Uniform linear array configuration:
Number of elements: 4
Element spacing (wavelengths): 0.5
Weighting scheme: hann
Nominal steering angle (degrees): -45
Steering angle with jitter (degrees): -43.179
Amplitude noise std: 0.05
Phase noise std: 0.05

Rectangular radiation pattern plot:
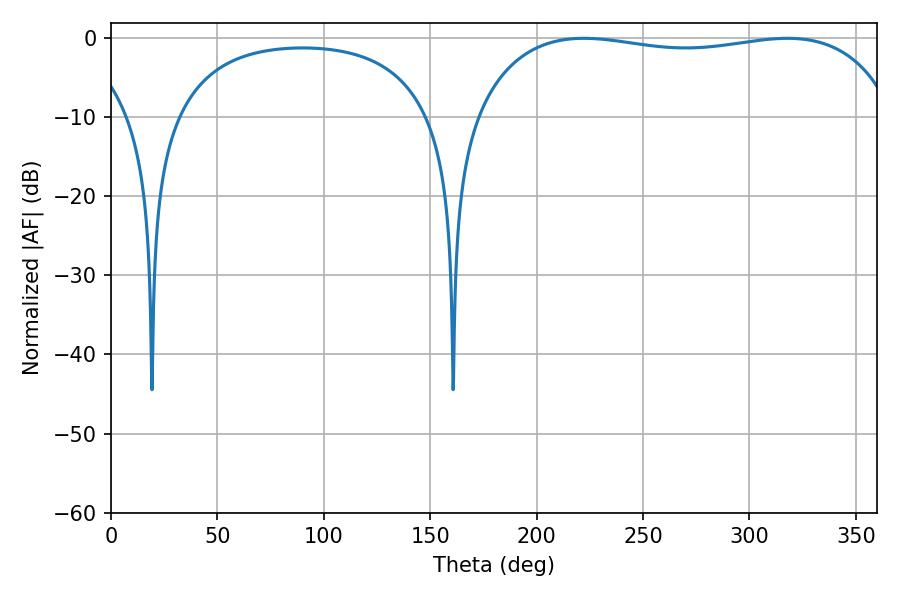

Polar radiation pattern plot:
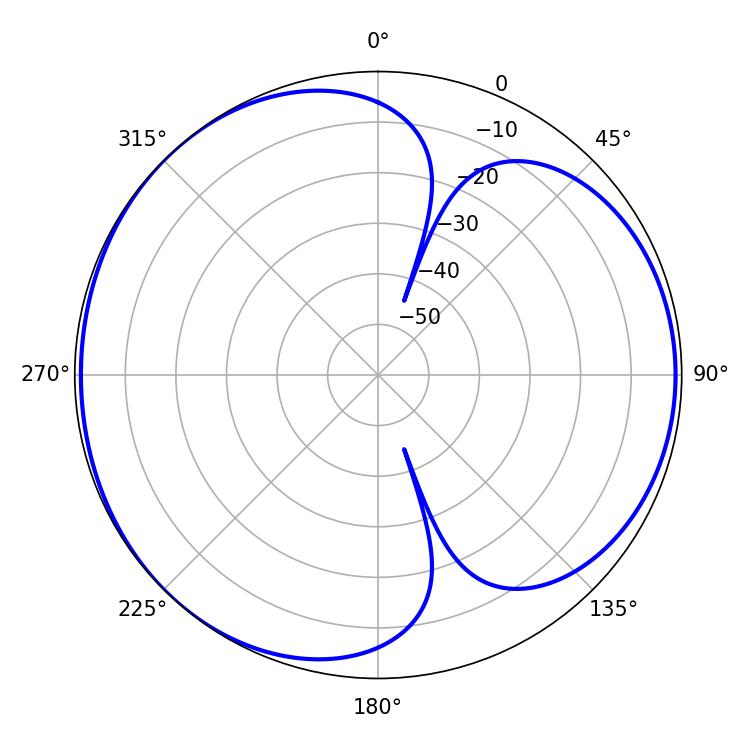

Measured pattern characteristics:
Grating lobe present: FALSE
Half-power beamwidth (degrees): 160.2
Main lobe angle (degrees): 222.12